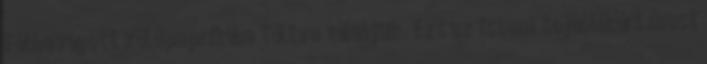
Félbevágott zöldpaprikába töltve tálaljuk. Ezt az isteni tojáslikőrt most